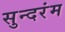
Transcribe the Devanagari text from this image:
सुन्दरंम